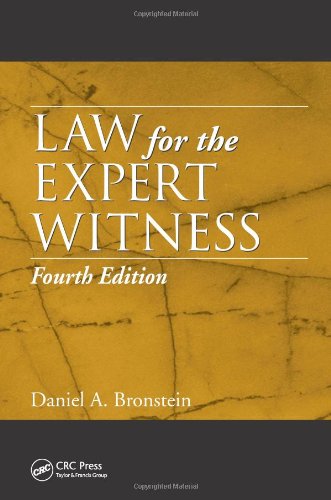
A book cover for Law for the Expert Witness, Fourth Edition; Daniel A. Bronstein; Law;